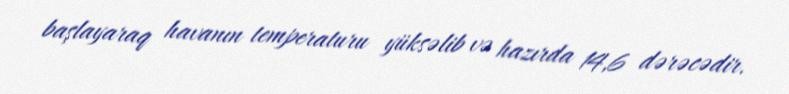
başlayaraq havanın temperaturu yüksəlib və hazırda 14,6 dərəcədir.